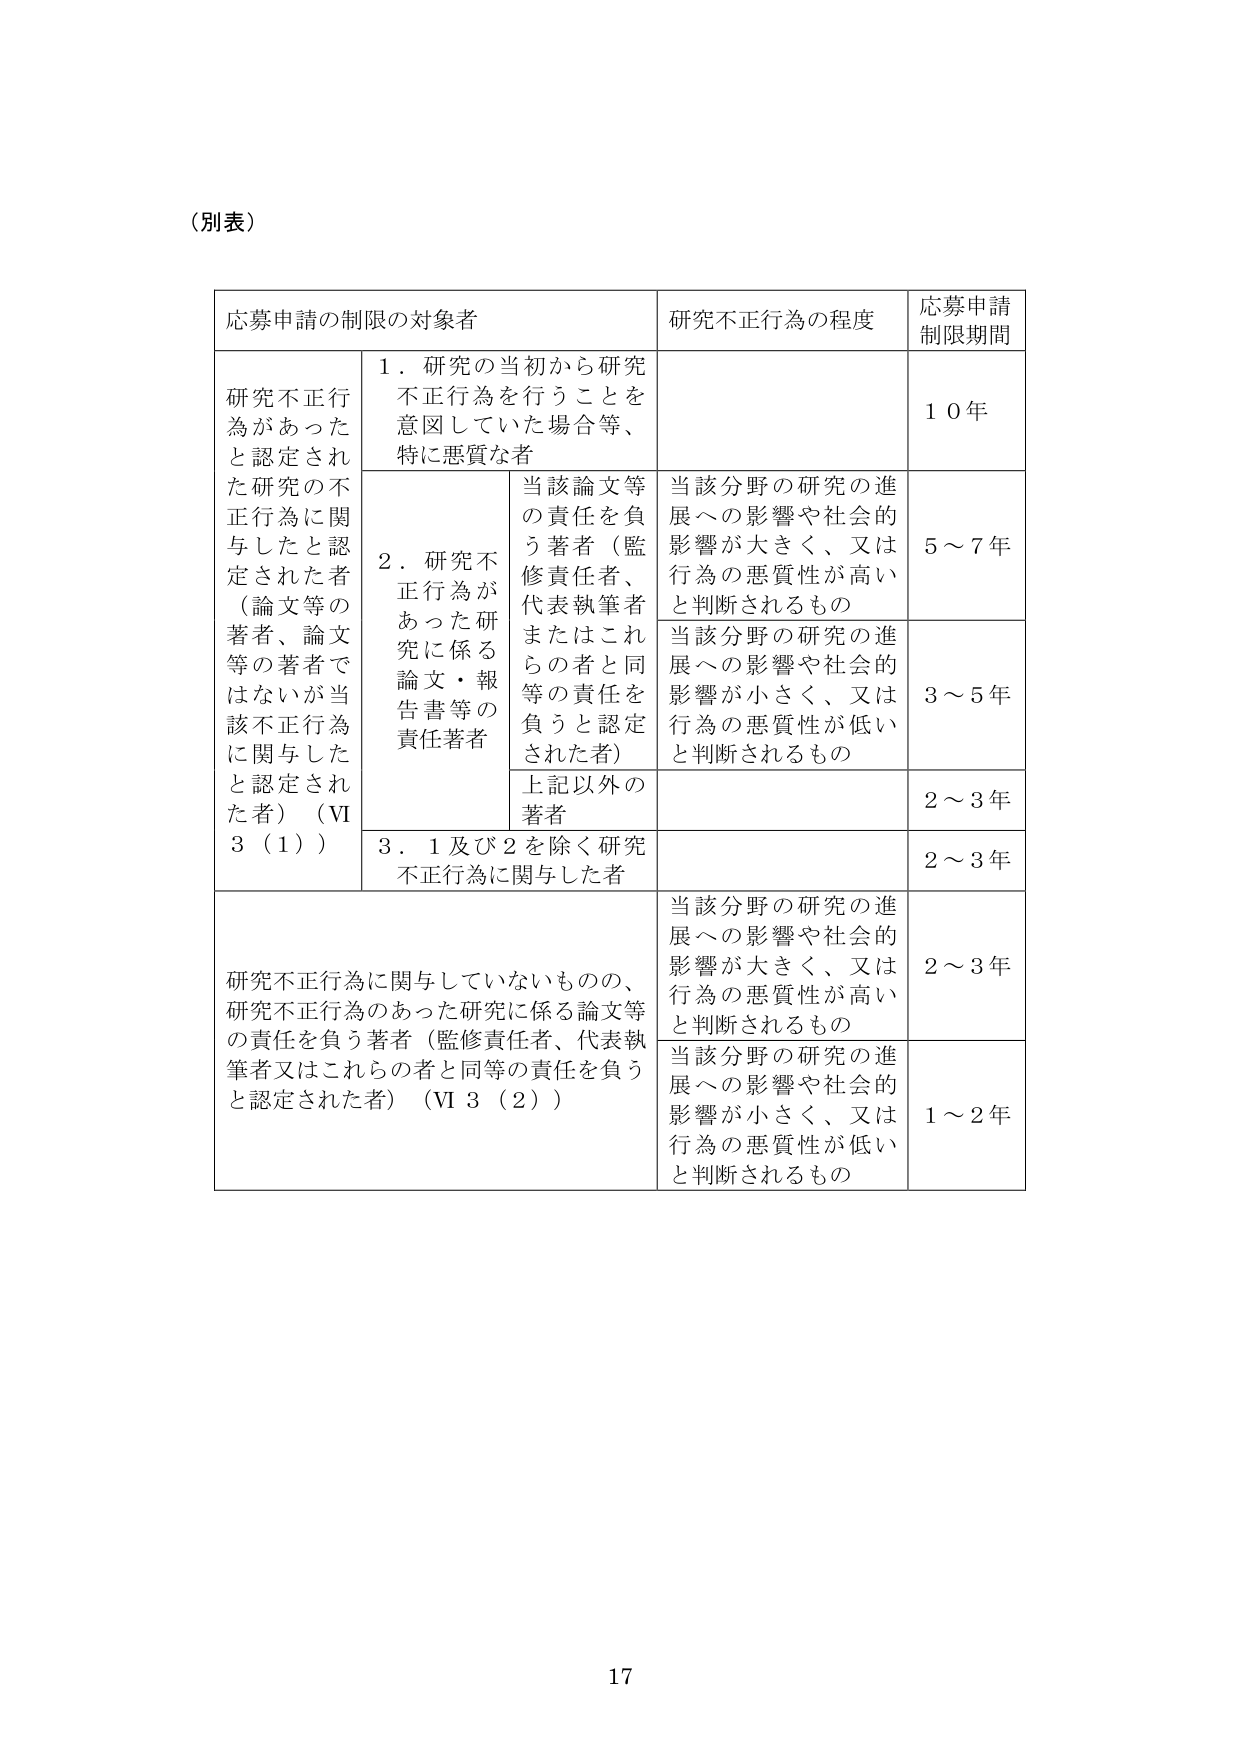
（別表）

応募申請の制限の対象者　　研究不正行為の程度　　応募申請制限期間

研究不正行為があったと認定された研究の不正行為に関与したと認定された者（論文等の著者、論文等の著者ではないが当該不正行為に関与したと認定された者）（Ⅵ3（1））

　1．研究の当初から研究不正行為を行うことを意図していた場合等、特に悪質な者